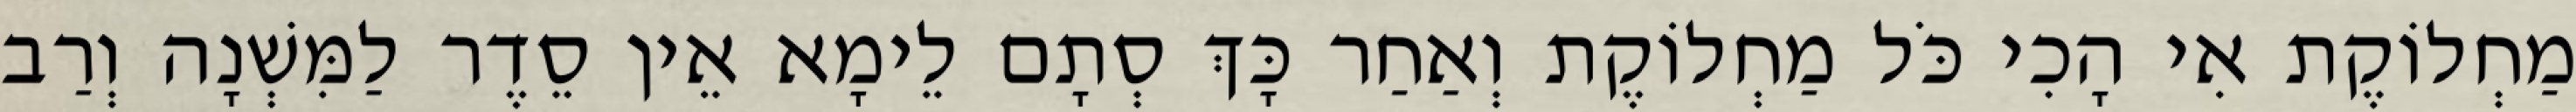
מַחְלוֹקֶת אִי הָכִי כֹּל מַחְלוֹקֶת וְאַחַר כָּךְ סְתָם לֵימָא אֵין סֵדֶר לַמִּשְׁנָה וְרַב